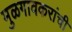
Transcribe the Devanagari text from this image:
मुळगावकरांची